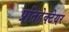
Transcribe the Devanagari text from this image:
प्रतिहेक्टेयर